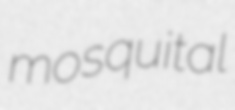
mosquital